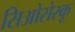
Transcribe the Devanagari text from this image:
सिओसेस्कू